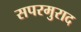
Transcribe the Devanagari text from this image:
सपरमुराद